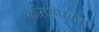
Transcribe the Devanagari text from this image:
केसिओरलस